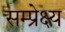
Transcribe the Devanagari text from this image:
सम्प्रेक्ष्य